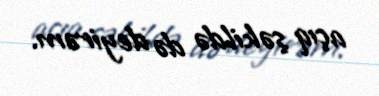
açıq şəkildə də deyirəm.